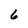
Character: 6